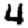
Digit: 4